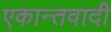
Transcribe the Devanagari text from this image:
एकान्तवादी